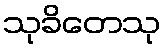
သုခိတေသု